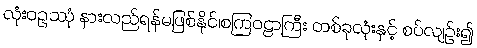
လုံးဝဥဿုံ နားလည်ရန်မဖြစ်နိုင်၊စကြဝဠာကြီး တစ်ခုလုံးနှင့် စပ်လျဉ်း၍